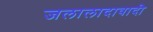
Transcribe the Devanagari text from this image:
जलालादावादी